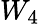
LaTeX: W_{4}